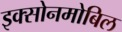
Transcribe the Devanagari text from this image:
इक्सोनमोबिल